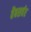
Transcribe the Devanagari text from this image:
वैबसर्वर